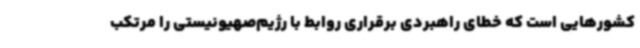
کشورهایی است که خطای راهبردی برقراری روابط با رژیم‌صهیونیستی را مرتکب